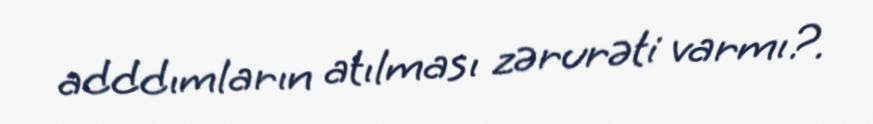
adddımların atılması zərurəti varmı?.